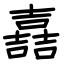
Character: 嚞